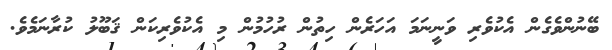
ބޭނުންވެގެން އެކުވެރި ވަނީނަމަ އަހަރެން ހިތުން ރުހުމުން މި އެކުވެރިކަން ޤަބޫލު ކުރާނަމެވެ.